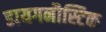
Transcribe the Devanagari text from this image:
डायगनौस्टिक